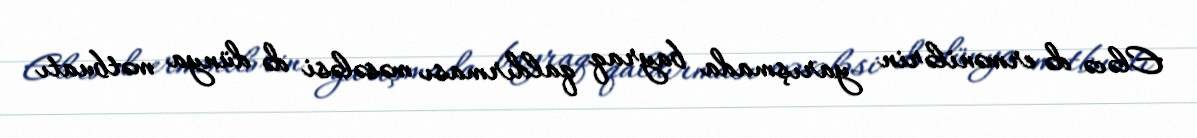
Eləcə də ermənilərin yarışmada bayraq qaldırması məsələsi də dünya mətbuatı